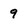
Character: 9